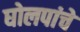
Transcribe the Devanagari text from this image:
घोलपांचे